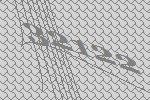
32122